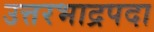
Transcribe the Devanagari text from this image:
उत्तरभाद्रपदा